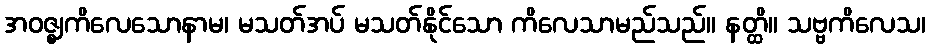
အဝဇ္ဈကိလေသောနာမ၊ မသတ်အပ် မသတ်နိုင်သော ကိလေသာမည်သည်။ နတ္ထိ။ သဗ္ဗကိလေသ၊